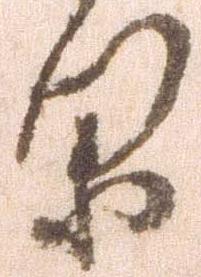
閑